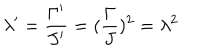
\lambda ^ { \prime } = \frac { \Gamma ^ { \prime } } { J ^ { \prime } } = ( \frac { \Gamma } { J } ) ^ { 2 } = \lambda ^ { 2 }